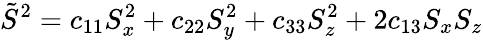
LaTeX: \tilde{S}^{2}=c_{11}S_{x}^{2}+c_{22}S_{y}^{2}+c_{33}S_{z}^{2}+2c_{13}S_{x}S_{z}